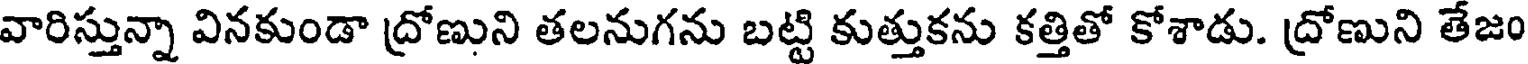
వారిస్తున్నా వినకుండా ద్రోణుని తలనుగను బట్టి కుత్తుకను కత్తితో కోశాడు. ద్రోణుని తేజం